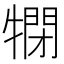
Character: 𤛞